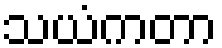
သယံကတာ